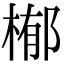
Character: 㮋